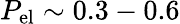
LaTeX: P_{\mathrm{el}}\sim 0.3-0.6